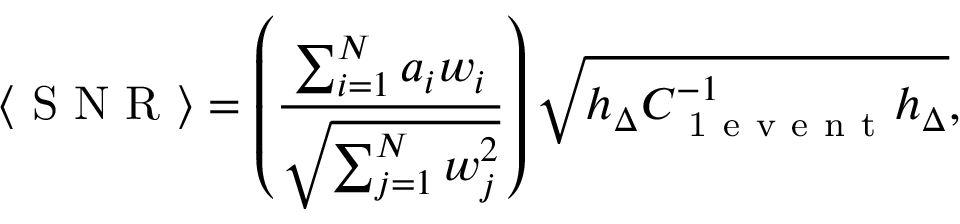
\langle \mathrm { ~ S ~ N ~ R ~ } \rangle = \left( \frac { \sum _ { i = 1 } ^ { N } a _ { i } w _ { i } } { \sqrt { \sum _ { j = 1 } ^ { N } w _ { j } ^ { 2 } } } \right) \sqrt { h _ { \Delta } C _ { \mathrm { ~ 1 ~ e ~ v ~ e ~ n ~ t ~ } } ^ { - 1 } h _ { \Delta } } ,